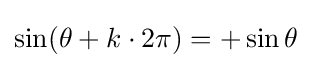
\sin(\theta +k\cdot 2\pi )=+\sin \theta